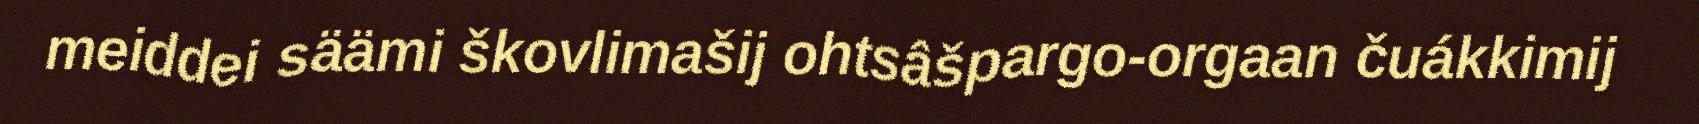
meiddei säämi škovlimašij ohtsâšpargo-orgaan čuákkimij